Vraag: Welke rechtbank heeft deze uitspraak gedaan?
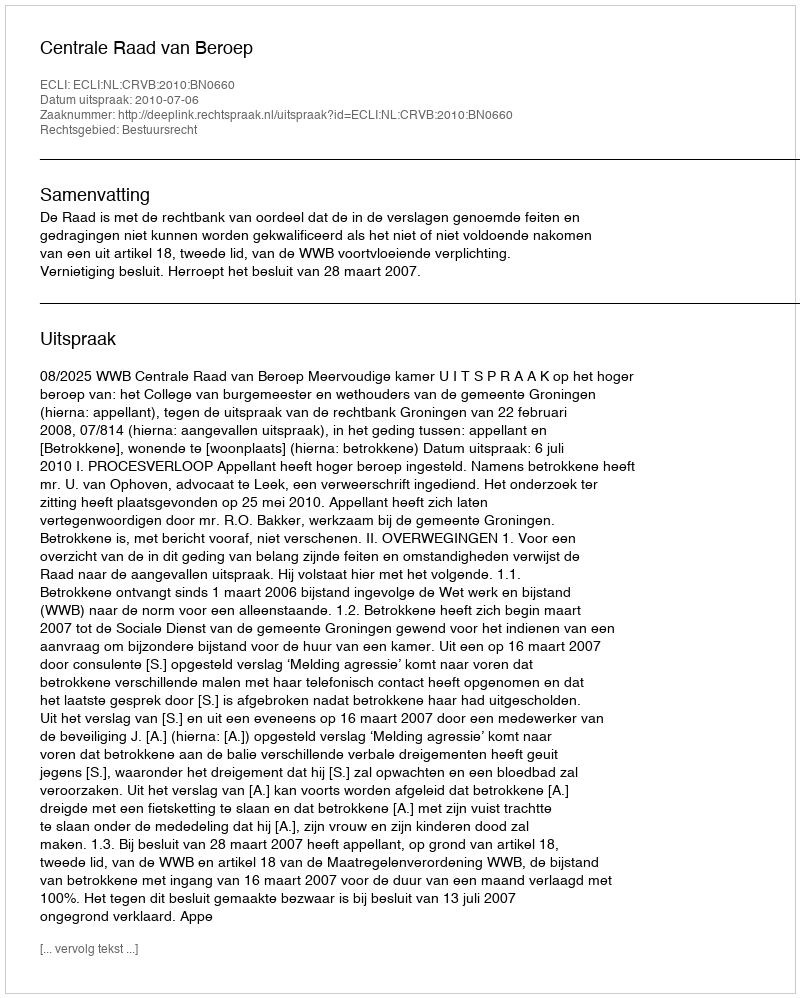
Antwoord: Centrale Raad van Beroep